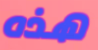
هذه